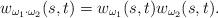
LaTeX: \begin{align*}w_{\omega_1\cdot\omega_2}(s,t) = w_{\omega_1}(s,t) w_{\omega_2}(s,t).\end{align*}